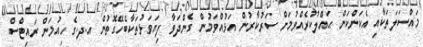
މައްސަލަތަކާއި އެކަންކަން ޙައްލުކުރެއްވުމަށް ސަރުކާރުން އަޅުއްވަމުން ގެންދަވާ ފިޔަވަޅުތަކާބެހޭގޮތުން އ.ދ.ގެ ހިއުމަން ރައިޓްސް